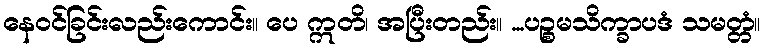
နေဝင်ခြင်းလည်းကောင်း။ ပေ ဣတိ၊ အပြီးတည်း။ ...ပဉ္စမသိက္ခာပဒံ သမတ္တံ။